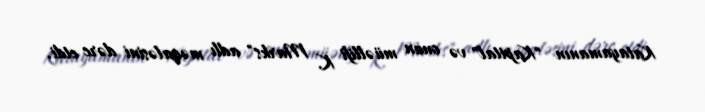
Katayamanın "Kapital" və onun müəllifi K. Marks" adlı məqaləsini dərc etdi.